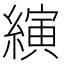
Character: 縯